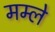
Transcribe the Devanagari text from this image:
मम्ले